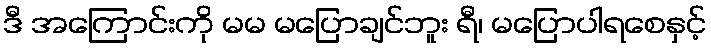
ဒီ အကြောင်းကို မမ မပြောချင်ဘူး ရီ၊ မပြောပါရစေနှင့်